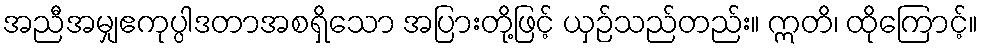
အညီအမျှဧကုပ္ပါဒတာအစရှိသော အပြားတို့ဖြင့် ယှဉ်သည်တည်း။ ဣတိ၊ ထိုကြောင့်။